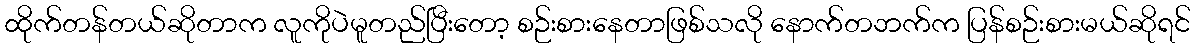
ထိုက်တန်တယ်ဆိုတာက လူကိုပဲမူတည်ပြီးတော့ စဉ်းစားနေတာဖြစ်သလို နောက်တဘက်က ပြန်စဉ်းစားမယ်ဆိုရင်